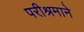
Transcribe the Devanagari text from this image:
परीश्रमाने